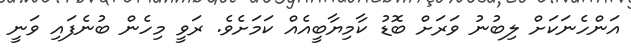
އަންހެނަކަށް ލިބުނު ވަރަށް ބޮޑު ކާމިޔާބީއެއް ކަމަށެވެ. ރަވީ މިހެން ބުނެފައި ވަނީ